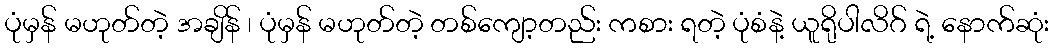
ပုံမှန် မဟုတ်တဲ့ အချိန် ၊ ပုံမှန် မဟုတ်တဲ့ တစ်ကျော့တည်း ကစား ရတဲ့ ပုံစံနဲ့ ယူရိုပါလိဂ် ရဲ့ နောက်ဆုံး